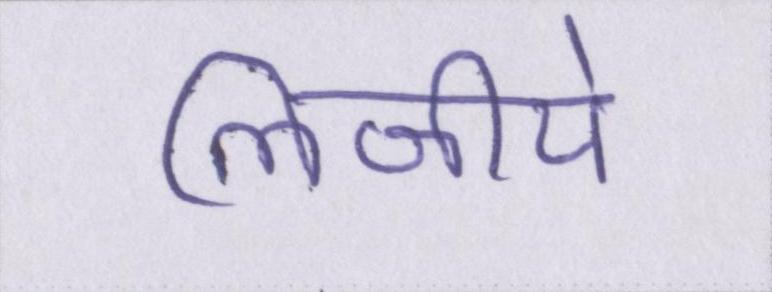
लिजीये